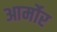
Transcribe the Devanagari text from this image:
आर्मोर